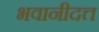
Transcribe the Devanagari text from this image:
भवानीदत्त